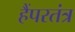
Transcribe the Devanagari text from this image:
हैंपरतंत्र